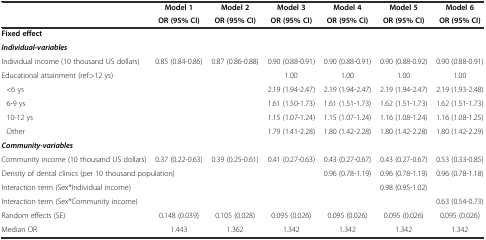
<table><thead><tr><td rowspan="2"></td><td><b>Model 1</b></td><td><b>Model 2</b></td><td><b>Model 3</b></td><td><b>Model 4</b></td><td><b>Model 5</b></td><td><b>Model 6</b></td></tr><tr><td><b>OR (95% CI)</b></td><td><b>OR (95% CI)</b></td><td><b>OR (95% CI)</b></td><td><b>OR (95% CI)</b></td><td><b>OR (95% CI)</b></td><td><b>OR (95% CI)</b></td></tr></thead><tbody><tr><td><b>Fixed effect</b></td><td></td><td></td><td></td><td></td><td></td><td></td></tr><tr><td><b><i>Individual-variables</i></b></td><td></td><td></td><td></td><td></td><td></td><td></td></tr><tr><td>Individual income (10 thousand US dollars)</td><td>0.85 (0.84-0.86)</td><td>0.87 (0.86-0.88)</td><td>0.90 (0.88-0.91)</td><td>0.90 (0.88-0.91)</td><td>0.90 (0.88-0.92)</td><td>0.90 (0.88-0.91)</td></tr><tr><td>Educational attainment (ref:&gt;12 ys)</td><td></td><td></td><td>1.00</td><td>1.00</td><td>1.00</td><td>1.00</td></tr><tr><td>&lt;6 ys</td><td></td><td></td><td>2.19 (1.94-2.47)</td><td>2.19 (1.94-2.47)</td><td>2.19 (1.94-2.47)</td><td>2.19 (1.93-2.48)</td></tr><tr><td>6-9 ys</td><td></td><td></td><td>1.61 (1.50-1.73)</td><td>1.61 (1.51-1.73)</td><td>1.62 (1.51-1.73)</td><td>1.62 (1.51-1.73)</td></tr><tr><td>10-12 ys</td><td></td><td></td><td>1.15 (1.07-1.24)</td><td>1.15 (1.07-1.24)</td><td>1.16 (1.08-1.24)</td><td>1.16 (1.08-1.25)</td></tr><tr><td>Other</td><td></td><td></td><td>1.79 (1.41-2.28)</td><td>1.80 (1.42-2.28)</td><td>1.80 (1.42-2.28)</td><td>1.80 (1.42-2.29)</td></tr><tr><td><b><i>Community-variables</i></b></td><td></td><td></td><td></td><td></td><td></td><td></td></tr><tr><td>Community income (10 thousand US dollars)</td><td>0.37 (0.22-0.63)</td><td>0.39 (0.25-0.61)</td><td>0.41 (0.27-0.63)</td><td>0.43 (0.27-0.67)</td><td>0.43 (0.27-0.67)</td><td>0.53 (0.33-0.85)</td></tr><tr><td colspan="4">Density of dental clinics (per 10 thousand population)</td><td>0.96 (0.78-1.19)</td><td>0.96 (0.78-1.19)</td><td>0.96 (0.78-1.18)</td></tr><tr><td>Interaction term (Sex*Individual income)</td><td></td><td></td><td></td><td></td><td>0.98 (0.95-1.02)</td><td></td></tr><tr><td>Interaction term (Sex*Community income)</td><td></td><td></td><td></td><td></td><td></td><td>0.63 (0.54-0.73)</td></tr><tr><td>Random effects (SE)</td><td>0.148 (0.039)</td><td>0.105 (0.028)</td><td>0.095 (0.026)</td><td>0.095 (0.026)</td><td>0.095 (0.026)</td><td>0.095 (0.026)</td></tr><tr><td>Median OR</td><td>1.443</td><td>1.362</td><td>1.342</td><td>1.342</td><td>1.342</td><td>1.342</td></tr></tbody></table>